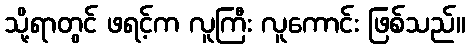
သို့ရာတွင် ဖရင့်က လူကြီး လူကောင်း ဖြစ်သည်။